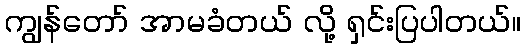
ကျွန်တော် အာမခံတယ် လို့ ရှင်းပြပါတယ်။